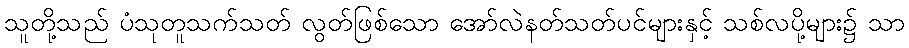
သူတို့သည် ပံသုတူသက်သတ် လွတ်ဖြစ်သော အော်လဲနတ်သတ်ပင်များနှင့် သစ်လပို့များ၌ သာ